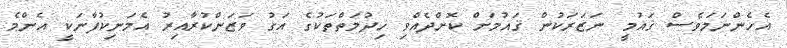
އެހެންނަމަވެސް ޤައުމީ ނަޒަރަކުން ޤައުމަށް ކޮށްދެއްވި ޚިދުމަތްތަކުގެ އަގު ވަޒަންކުރާއިރު އެމަނިކުފާނަކީ އެންމެ